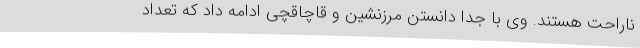
ناراحت هستند. وی با جدا دانستن مرزنشین و قاچاقچی ادامه داد که تعداد